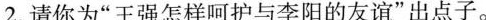
2. 请你为”王强怎样呵护与李阳的友谊”出点子。